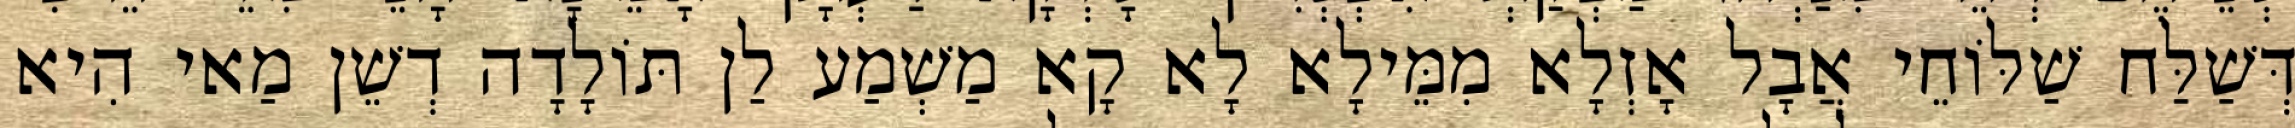
דְּשַׁלַּח שַׁלּוֹחֵי אֲבָל אָזְלָא מִמֵּילָא לָא קָא מַשְׁמַע לַן תּוֹלָדָה דְשֵׁן מַאי הִיא